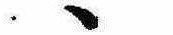
ゝ